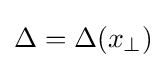
\Delta =\Delta (x_{\perp })